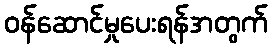
ဝန်ဆောင်မှုပေးရန်အတွက်